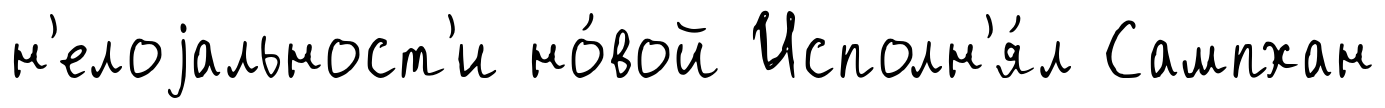
н'елоjальност'и но́вой Исполн'я́л Сампхан